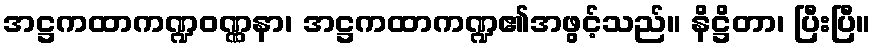
အဋ္ဌကထာကဏ္ဍဝဏ္ဏနာ၊ အဋ္ဌကထာကဏ္ဍ၏အဖွင့်သည်။ နိဋ္ဌိတာ၊ ပြီးပြီ။